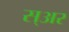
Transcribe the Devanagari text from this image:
स्अर